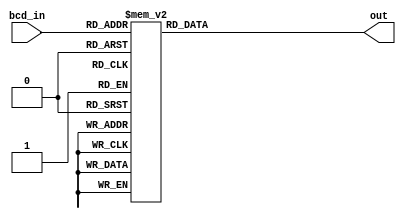
/*
 * bcd_to_ss.v
 * 2017/04/17 - Felipe Veas <felipe.veasv [at] usm.cl>
 *
 * Conversor de un nibble BCD a 7 segmentos
 */

`timescale 1ns / 1ps

module bcd_to_ss
(
	input [3:0] bcd_in,
	output reg [6:0] out
);

	always @(*) begin
		case (bcd_in)
		4'h0: out = 7'b1000000;
		4'h1: out = 7'b1111001;
		4'h2: out = 7'b0100100;
		4'h3: out = 7'b0110000;
		4'h4: out = 7'b0011001;
		4'h5: out = 7'b0010010;
		4'h6: out = 7'b0000010;
		4'h7: out = 7'b1111000;
		4'h8: out = 7'b0000000;
		4'h9: out = 7'b0010000;
		4'hA: out = 7'b0001000;
		4'hB: out = 7'b0000011;
		4'hC: out = 7'b1000110;
		4'hD: out = 7'b0100001;
		4'hE: out = 7'b0000110;
		default:
			out = 7'b0001110; /* bcd_in == 4'hF */
		endcase
	end
endmodule